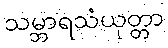
သမ္ဘာရသံယုတ္တာ